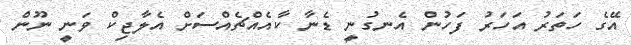
އޭގެ ހަތަރު އަހަރު ފަހުން އެނގުނީ ޑެނާ ކާއެއްޗެއްސަށް އެލާޖިކް ވަނީ ނޫން